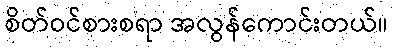
စိတ်ဝင်စားစရာ အလွန်ကောင်းတယ်။